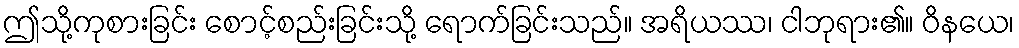
ဤသို့ကုစားခြင်း စောင့်စည်းခြင်းသို့ ရောက်ခြင်းသည်။ အရိယဿ၊ ငါဘုရား၏။ ဝိနယေ၊